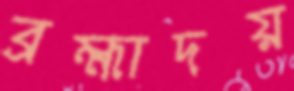
ব্রহ্মাদয়